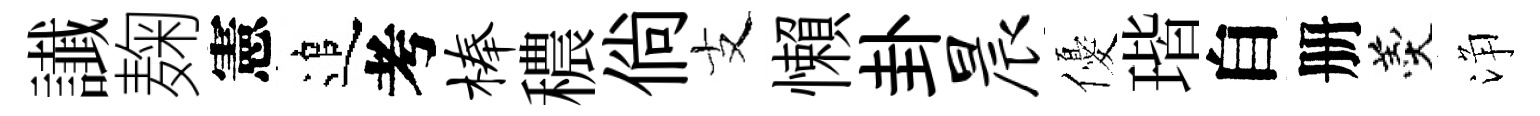
䜟麹憲追考榛穠倘支懶卦晨優瑎自册羹浄